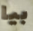
بيا